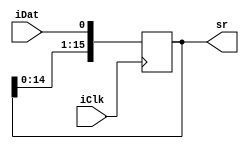
module Ques2_NoReset(
	input iClk, iDat,
	output reg [15:0]sr
);

	always@(posedge iClk)
	begin
		sr<={sr[14:0], iDat};
	end

endmodule